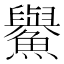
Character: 𩼹